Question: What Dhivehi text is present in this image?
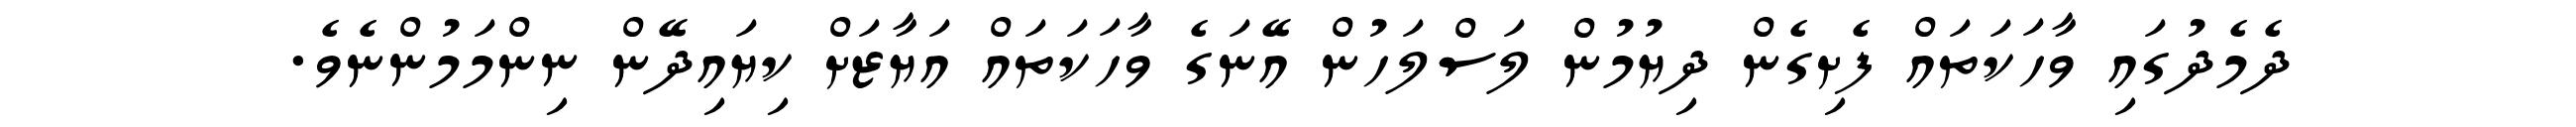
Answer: ދެމެދުގައި ވާހަކަތައް ފެށިގެން ދިޔުމުން ލަސްލަހުން އޭނަގެ ވާހަކަތައް އަޔާޒަށް ކިޔައިދޭން ނިންމަމުންނެވެ.